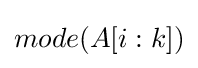
mode(A[i:k])